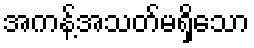
အကန့်အသတ်မရှိသော